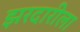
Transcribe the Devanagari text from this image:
झरदारीला